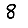
Digit: 8